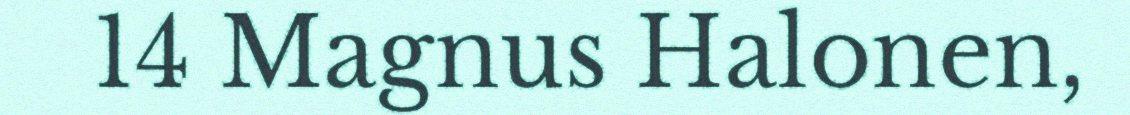
14 Magnus Halonen,